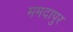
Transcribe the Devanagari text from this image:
ममदापुर